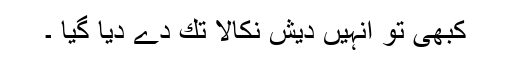
كبھی تو انہیں دیش نكالا تك دے دیا گیا ۔